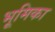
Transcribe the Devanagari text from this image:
भूूमिका